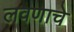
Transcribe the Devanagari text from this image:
लवणाचे